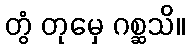
တွံ တုမှေ ဂစ္ဆသိ။